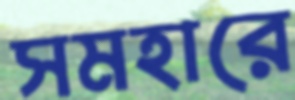
সমহারে